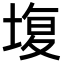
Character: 㙏